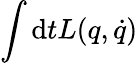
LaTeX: \int\mathrm{d}tL(q,\dot{{q}})